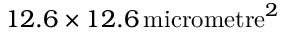
1 2 . 6 \times 1 2 . 6 \, \mathrm { m i c r o m e t r e } ^ { 2 }